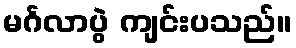
မင်္ဂလာပွဲ ကျင်းပသည်။